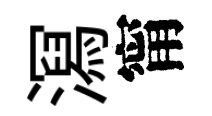
㵼甯